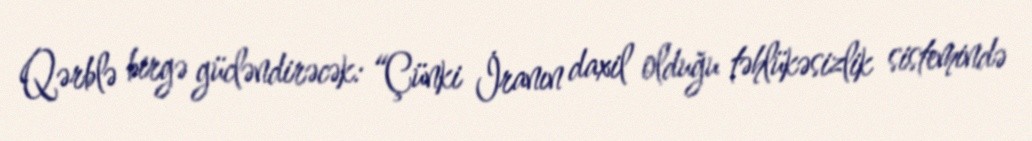
Qərblə birgə gücləndirəcək: “Çünki İranın daxil olduğu təhlükəsizlik sistemində